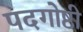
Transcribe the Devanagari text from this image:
पदगोष्ठी